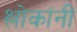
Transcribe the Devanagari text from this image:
श्लोकांनी